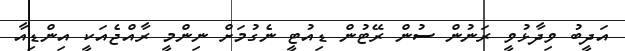
އަދީބު ވިދާޅުވީ ރަނުން ސުން ރޭޓުން ޑިއުޓީ ނެގުމަށް ނިންމީ ރާއްޖެއަކީ އިންޑިއާ